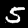
Digit: 5